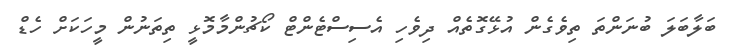
ބަލާބަލަ ބުނަންތަ ތިވެގެން އުޅޭގޮތެއް ދިވެހި އެސިސްޓެންޓް ކޯޗުންމާމޮޅީ ތިތަނުން މީހަކަށް ހެޑް